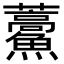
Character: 𮬕